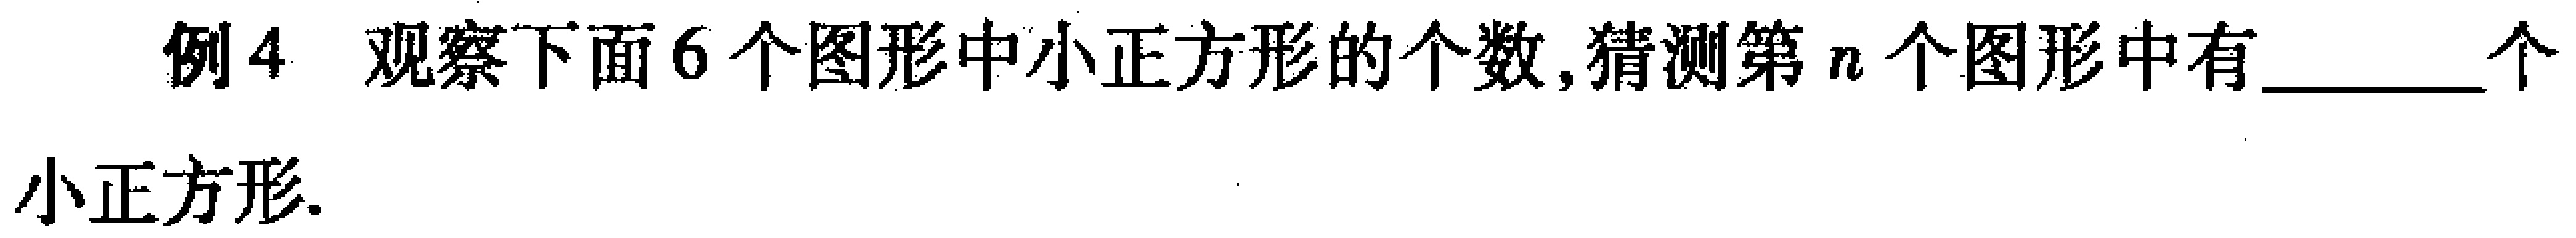
例4 观察下面6个图形中小正方形的个数,猜测第\(n\)个图形中有______个小正方形.